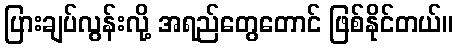
ပြားချပ်လွန်းလို့ အရည်တွေတောင် ဖြစ်နိုင်တယ်။